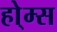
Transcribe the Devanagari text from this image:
हो्म्स